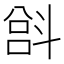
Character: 𫿵